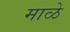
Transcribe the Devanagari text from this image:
माळे